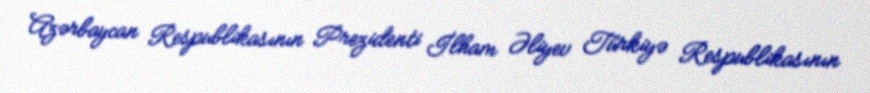
Azərbaycan Respublikasının Prezidenti İlham Əliyev Türkiyə Respublikasının